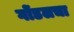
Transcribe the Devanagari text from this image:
गोंडलचा